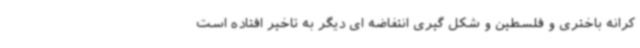
کرانه باختری و فلسطین و شکل گیری انتفاضه ای دیگر به تاخیر افتاده است